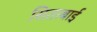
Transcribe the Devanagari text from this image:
सिताबाई